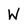
Character: W